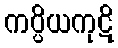
ကပ္ပိယကုဋိ